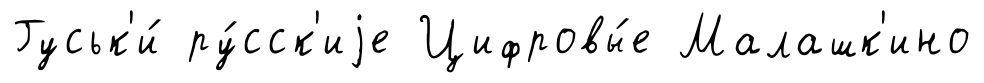
Гуськ'и́ ру́сск'иjе Цифровы́е Малашк'ино